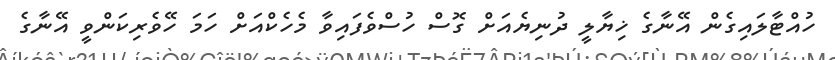
ހުއްޓާލައިގެން އޭނާގެ ޚިޔާލީ ދުނިޔެއަށް ގޮސް ހުސްވެފައިވާ މެހެކްއަށް ހަމަ ހޭވެރިކަންވީ އޭނާގެ